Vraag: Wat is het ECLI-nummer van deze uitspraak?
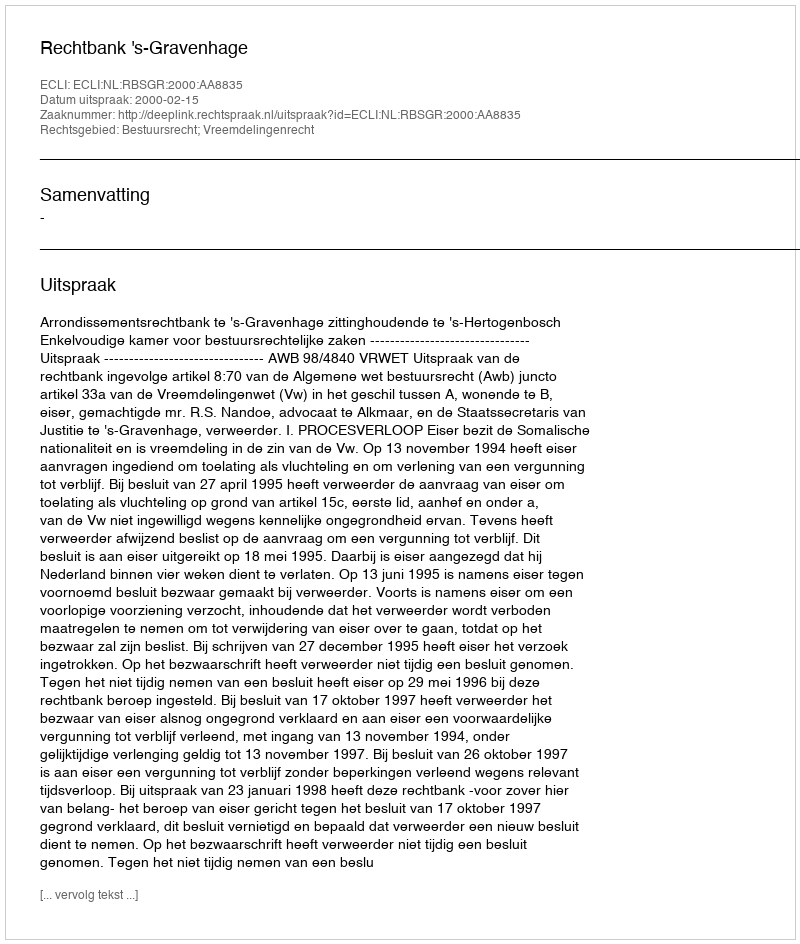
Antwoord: ECLI:NL:RBSGR:2000:AA8835